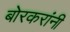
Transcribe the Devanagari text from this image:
बोरकरांनी